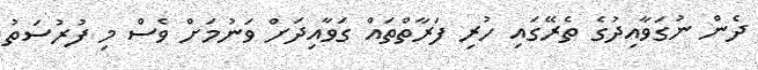
ދެން ނުގަވާއިދުގެ ތެރޭގައި ހުރި ފަރާތްތައް ގަވާއިދަށް ވަނުމަށް ވެސް މި ފުރުސަތު